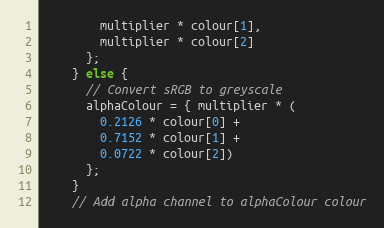
Language: C++
        multiplier * colour[1],
        multiplier * colour[2]
      };
    } else {
      // Convert sRGB to greyscale
      alphaColour = { multiplier * (
        0.2126 * colour[0] +
        0.7152 * colour[1] +
        0.0722 * colour[2])
      };
    }
    // Add alpha channel to alphaColour colour